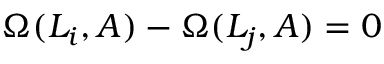
\Omega ( L _ { i } , A ) - \Omega ( L _ { j } , A ) = 0